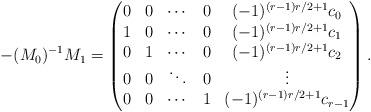
LaTeX: \begin{align*}-(M_0)^{-1} M_1 =\begin{pmatrix}0 & 0 & \cdots & 0 & (-1)^{(r-1)r/2+1} c_0 \\1 & 0 & \cdots & 0 & (-1)^{(r-1)r/2+1} c_1 \\0 & 1 & \cdots & 0 & (-1)^{(r-1)r/2+1} c_2 \\0 & 0 & \ddots & 0 & \vdots \\0 & 0 & \cdots & 1 & (-1)^{(r-1)r/2+1} c_{r-1}\end{pmatrix}.\end{align*}